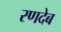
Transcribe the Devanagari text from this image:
रणदेब